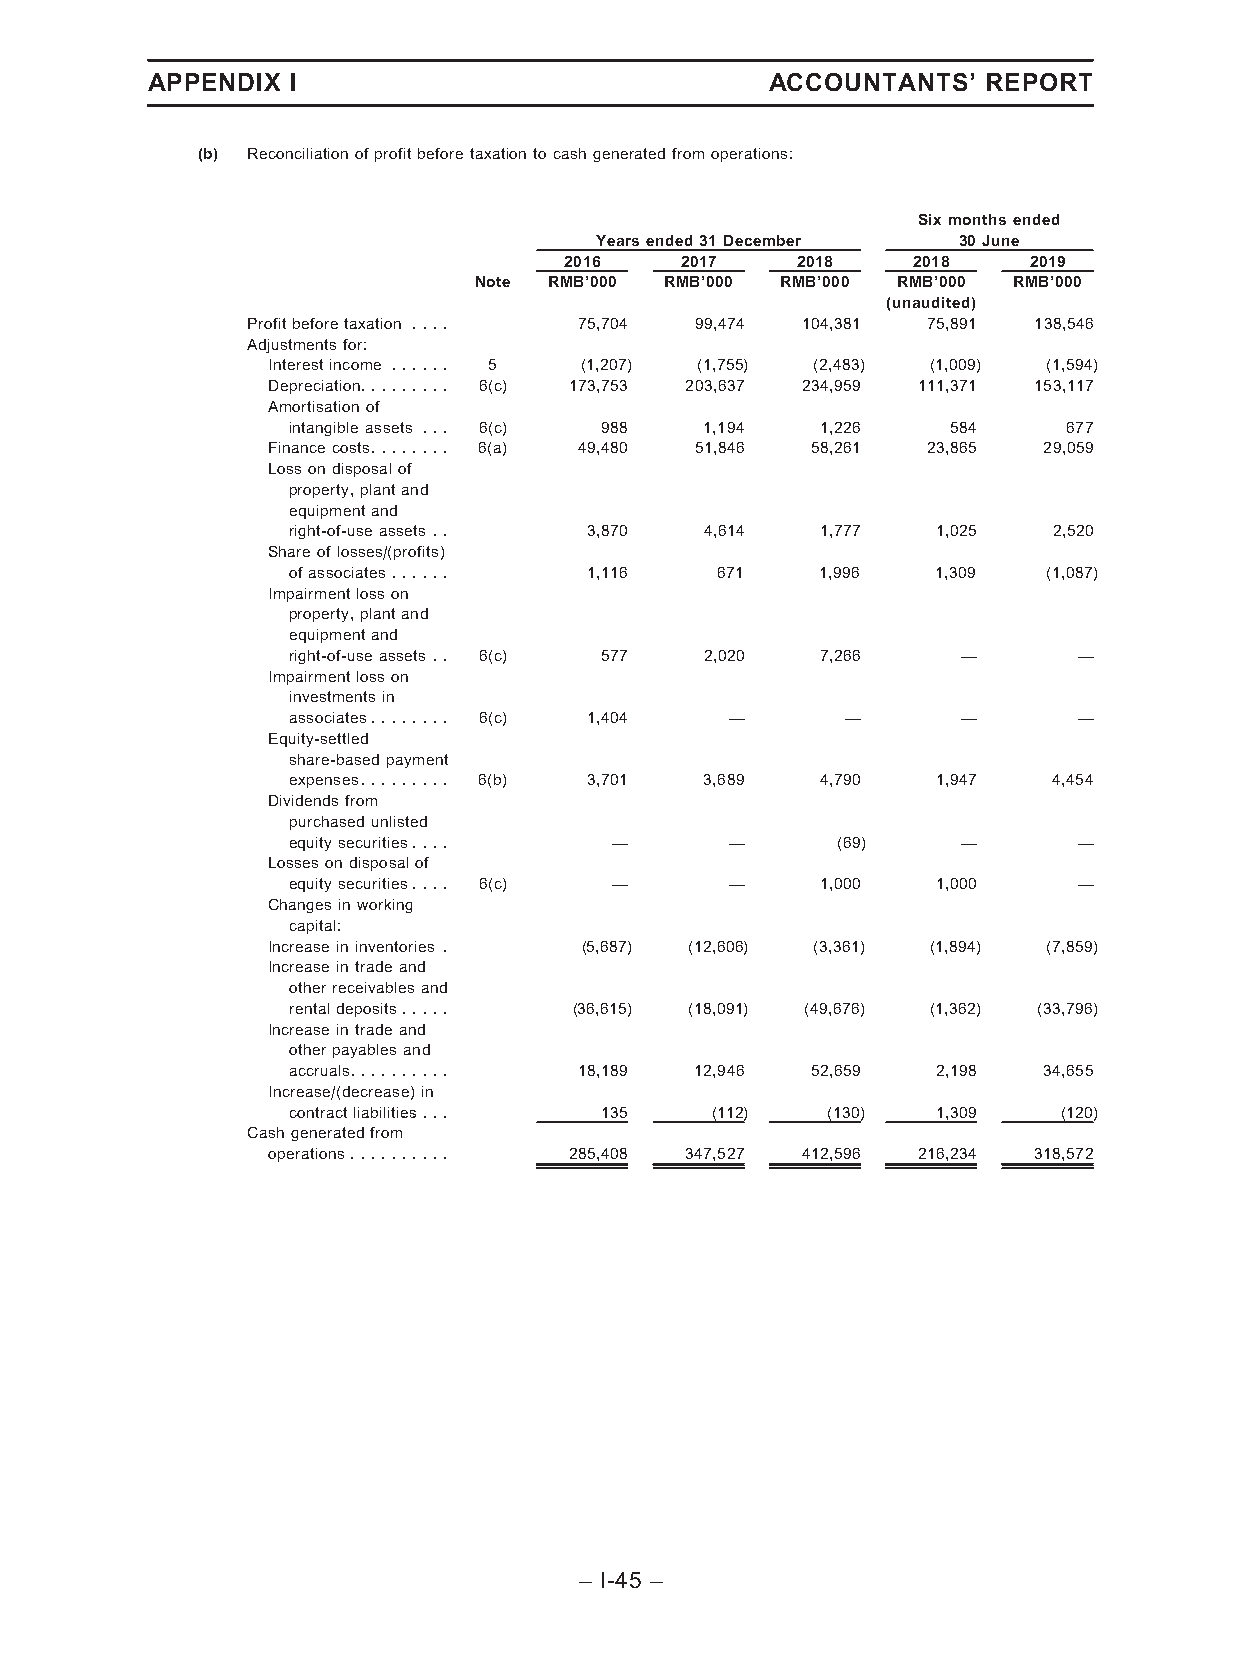
APPENDIX I                               ACCOUNTANTS’  REPORT
 (b) Reconciliationofprofitbeforetaxationtocashgeneratedfromoperations:
 Sixmonthsended
 Yearsended31December    30June
 2016    2017    2018   2018    2019
 Note RMB’000 RMB’000 RMB’000 RMB’000 RMB’000
 (unaudited)
 Profitbeforetaxation .... 75,704 99,474 104,381 75,891 138,546
 Adjustmentsfor:
 Interestincome ...... 5 (1,207) (1,755) (2,483) (1,009) (1,594)
 Depreciation......... 6(c) 173,753 203,637 234,959 111,371 153,117
 Amortisationof
 intangibleassets ... 6(c) 988 1,194 1,226   584     677
 Financecosts........ 6(a) 49,480 51,846 58,261 23,865 29,059
 Lossondisposalof
 property,plantand
 equipmentand
 right-of-useassets .. 3,870 4,614  1,777   1,025   2,520
 Shareoflosses/(profits)
 ofassociates......  1,116   671    1,996   1,309  (1,087)
 Impairmentlosson
 property,plantand
 equipmentand
 right-of-useassets .. 6(c) 577 2,020 7,266   —      —
 Impairmentlosson
 investmentsin
 associates........ 6(c) 1,404 —      —       —      —
 Equity-settled
 share-basedpayment
 expenses......... 6(b) 3,701 3,689 4,790   1,947   4,454
 Dividendsfrom
 purchasedunlisted
 equitysecurities....  —      —      (69)     —      —
 Lossesondisposalof
 equitysecurities.... 6(c) —  —     1,000   1,000    —
 Changesinworking
 capital:
 Increaseininventories . (5,687) (12,606) (3,361) (1,894) (7,859)
 Increaseintradeand
 otherreceivablesand
 rentaldeposits..... (36,615) (18,091) (49,676) (1,362) (33,796)
 Increaseintradeand
 otherpayablesand
 accruals.......... 18,189  12,946  52,659  2,198  34,655
 Increase/(decrease)in
 contractliabilitie.s.... 135 (112)  (130)  1,309   (120)
 Cashgeneratedfrom
 operations.......... 285,408 347,527 412,596 216,234 318,572
 – I-45 –